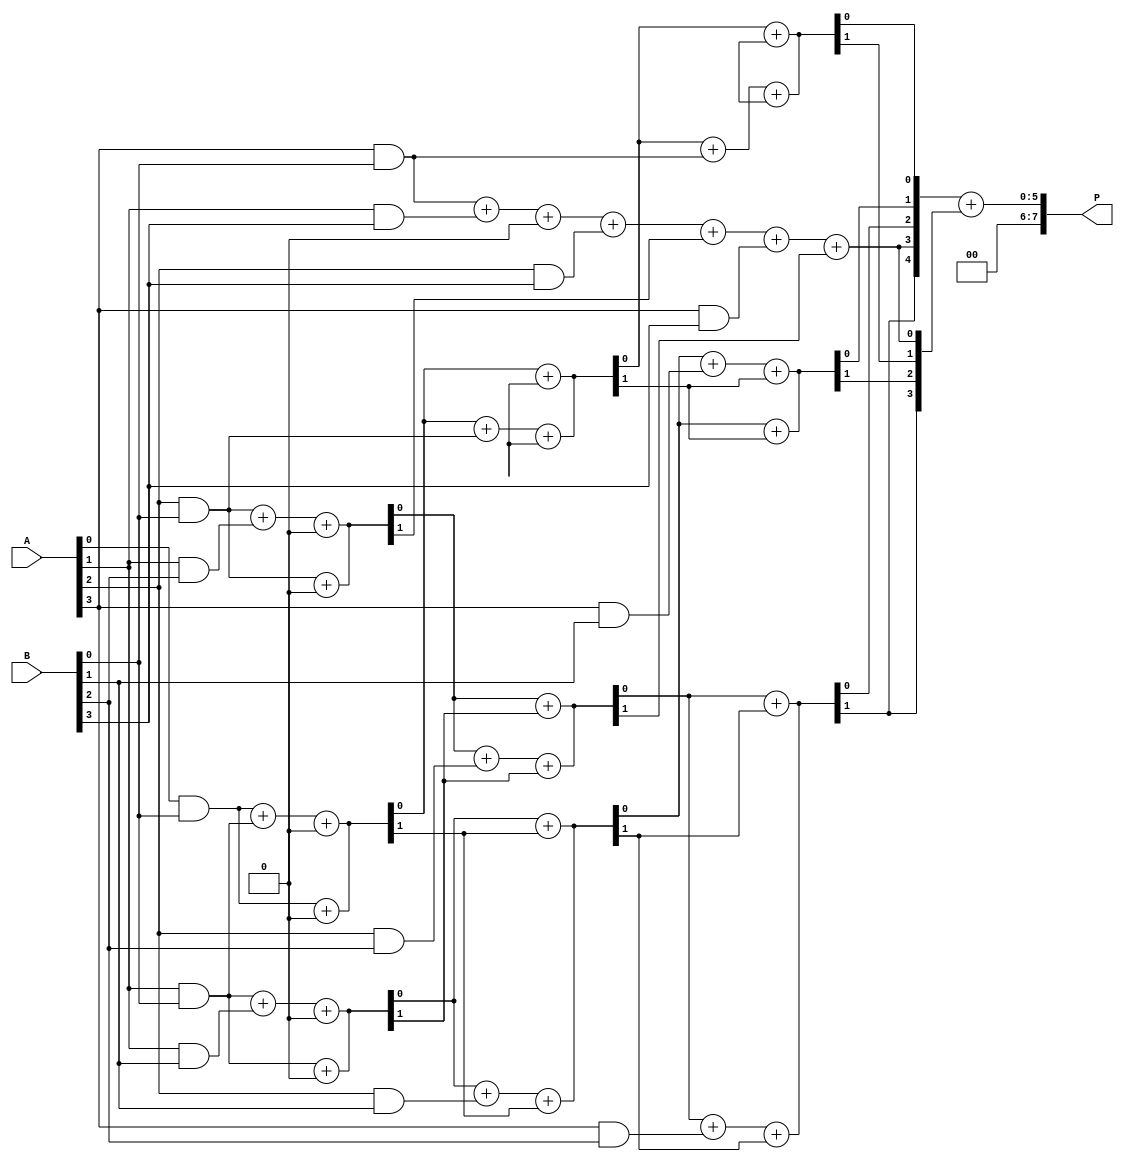
module wallace_tree_multiplier #(parameter N = 4) (
    input  [N-1:0] A,        // N-bit input A
    input  [N-1:0] B,        // N-bit input B
    output [2*N-1:0] P       // 2N-bit output product
);

    // Generate partial products
    wire [N-1:0] pp [0:N-1]; // Partial product array

    genvar i, j;
    generate
        for (i = 0; i < N; i = i + 1) begin : partial_product_gen
            for (j = 0; j < N; j = j + 1) begin : pp_gen
                assign pp[i][j] = A[i] & B[j]; // AND operation
            end
        end
    endgenerate

    // Reduction tree wires
    wire [N-1:0] sum [0:N+N-2]; // Sum wires
    wire [N-1:0] carry [0:N+N-2]; // Carry wires

    // Initial assignment of partial products to the first layer
    generate
        for (i = 0; i < N; i = i + 1) begin : assign_pp
            assign sum[0][i] = pp[i][0]; // First column of partial products
            assign carry[0][i] = 0; // Initial carry is zero
        end
    endgenerate

    // Wallace tree reduction
    genvar layer, bit;
    for (layer = 0; layer < N-1; layer = layer + 1) begin : reduction
        for (bit = 0; bit < N; bit = bit + 1) begin : adders
            if (bit < N-1) begin
                // Use half adders for combining two bits
                assign {carry[layer+1][bit+1], sum[layer+1][bit]} = sum[layer][bit] + carry[layer][bit];
            end
            if (bit < N) begin
                // Use full adders for combining three bits
                assign {carry[layer+1][bit+1], sum[layer+1][bit]} = sum[layer][bit] + pp[layer+1][bit] + carry[layer][bit];
            end
        end
    end

    // Final addition
    wire [2*N-1:0] final_sum;
    wire [2*N-1:0] final_carry;
    assign final_sum = {carry[N-1][N-1], sum[N-1]};
    assign final_carry = {1'b0, carry[N-1][N-1:1], sum[N-1][N-1]};

    // Final product output
    assign P = final_sum + final_carry;

endmodule